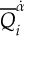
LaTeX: { \overline { { Q } } } _ { i } ^ { \dot { \alpha } }